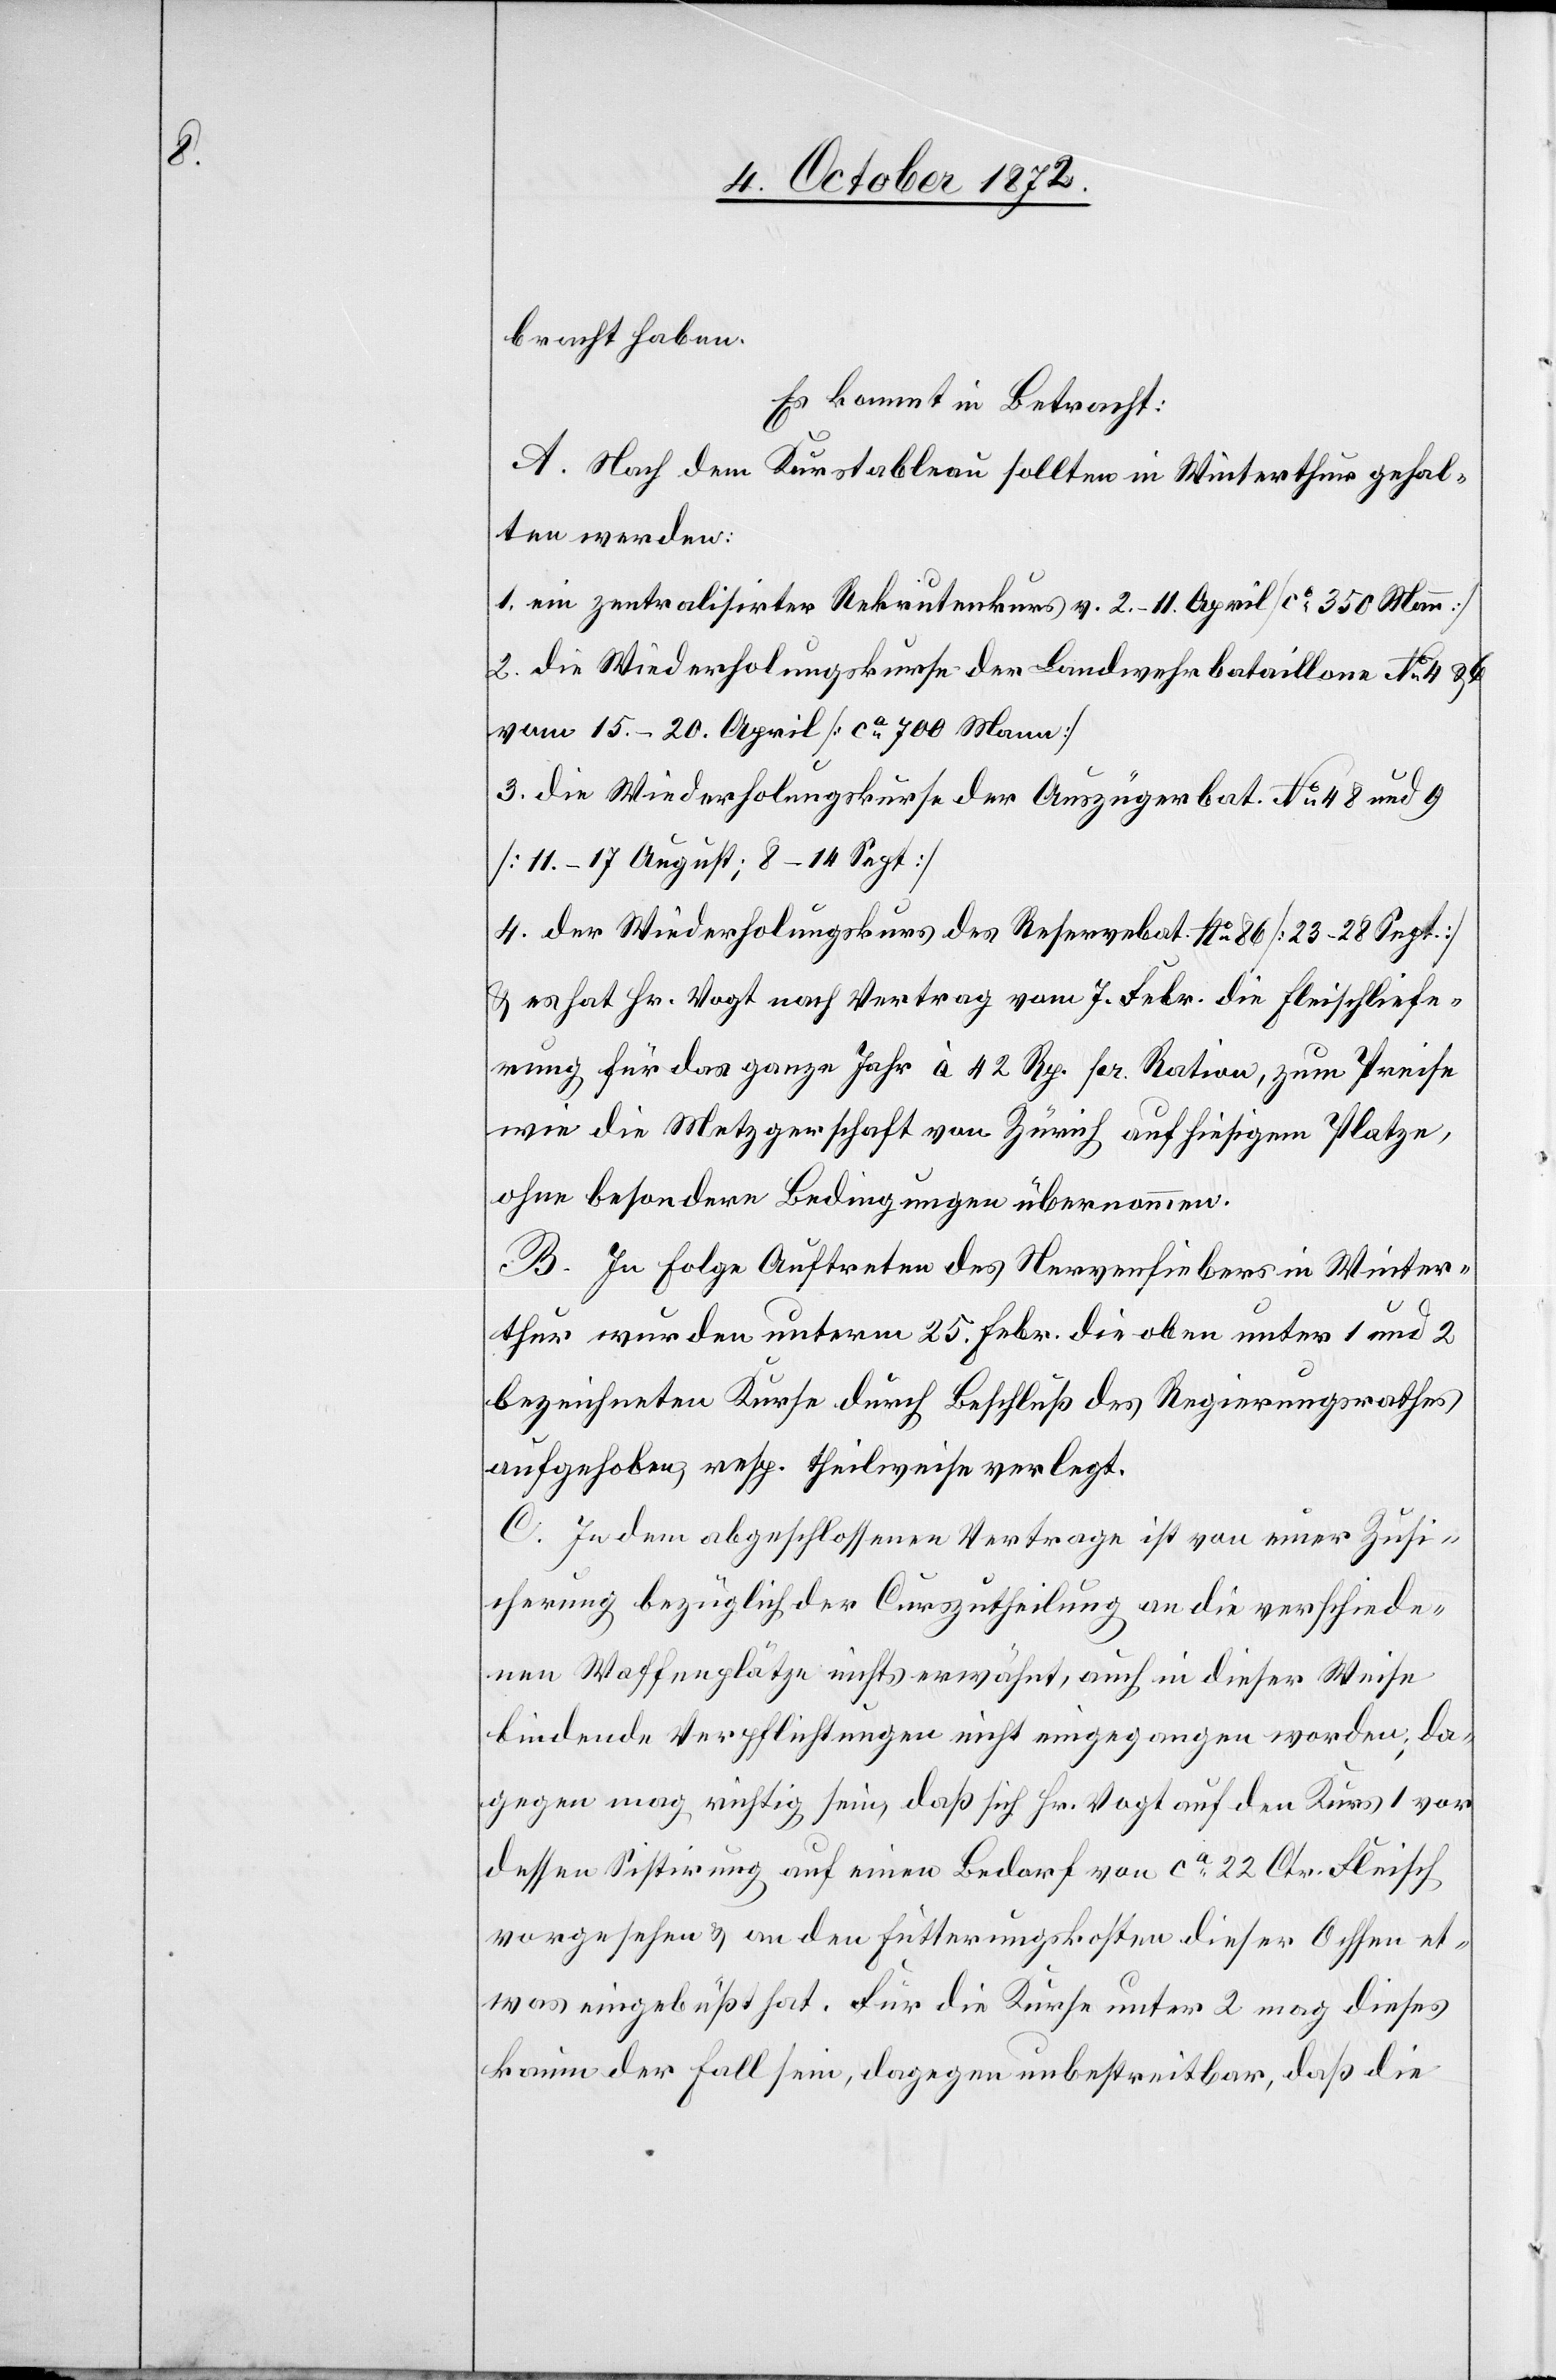
bracht haben.
Es kommt in Betracht:
A. Nach dem Kurstableau sollten in Winterthur gehal¬
ten werden:
1. ein zentralisirter Rekrutenkurs v. 2.–11. April [ca 350 Mann]
2. die Wiederholungskurse der Landwehrbataillone No 4 u.
vom 15.–20. April [ca 700 Mann]
3. die Wiederholungskurse der Auszügerbat. No4 8 und 9
[11.–17. August; 8–14 Sept]
4. der Wiederholungskurs des Reservebat. No 86 [23–28 Sept.]
u. es hat Hr. Vogt nach Vertrag vom 7. Febr. die Fleischliefe¬
rung für das ganze Jahr à 42 Rp. pr. Ration, zum Preise
wie die Metzgerschaft von Zürich auf hiesigem Platze,
ohne besondere Bedingungen übernommen.
B. In Folge Auftreten des Nervenfiebers in Winter¬
thur wurden unterm 25. Febr. die oben unter 1 und 2
bezeichneten Kurse durch Beschluß des Regierungsrathes
aufgehoben resp. theilweise verlegt.
C. In dem abgeschlossenen Vertrage ist von einer Zusi¬
cherung bezüglicher Curszutheilung an die verschiede¬
nen Waffenplätze nichts erwähnt, auch in dieser Weise
bindende Verpflichtungen nicht eingegangen worden; da¬
gegen mag richtig sein, daß sich Hr. Vogt auf den Kurs 1 vor
dessen Sistirung auf einen Bedarf von ca 22 Ctr. Fleisch
vorgesehen u. an den Fütterungskosten dieser Ochsen et¬
was eingebüßt hat. Für die Kurse unter 2 mag dieses
kaum der Fall sein, dagegen unbestreitbar, daß die